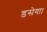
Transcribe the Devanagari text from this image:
डसेगा।